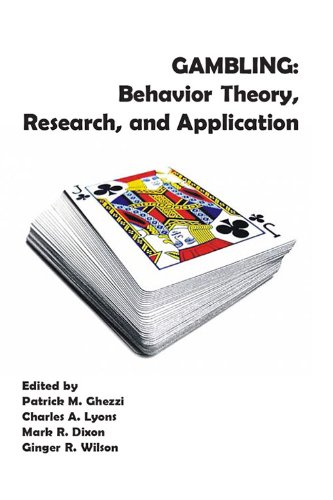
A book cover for Gambling: Behavior Theory, Research, and Application; Health, Fitness & Dieting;